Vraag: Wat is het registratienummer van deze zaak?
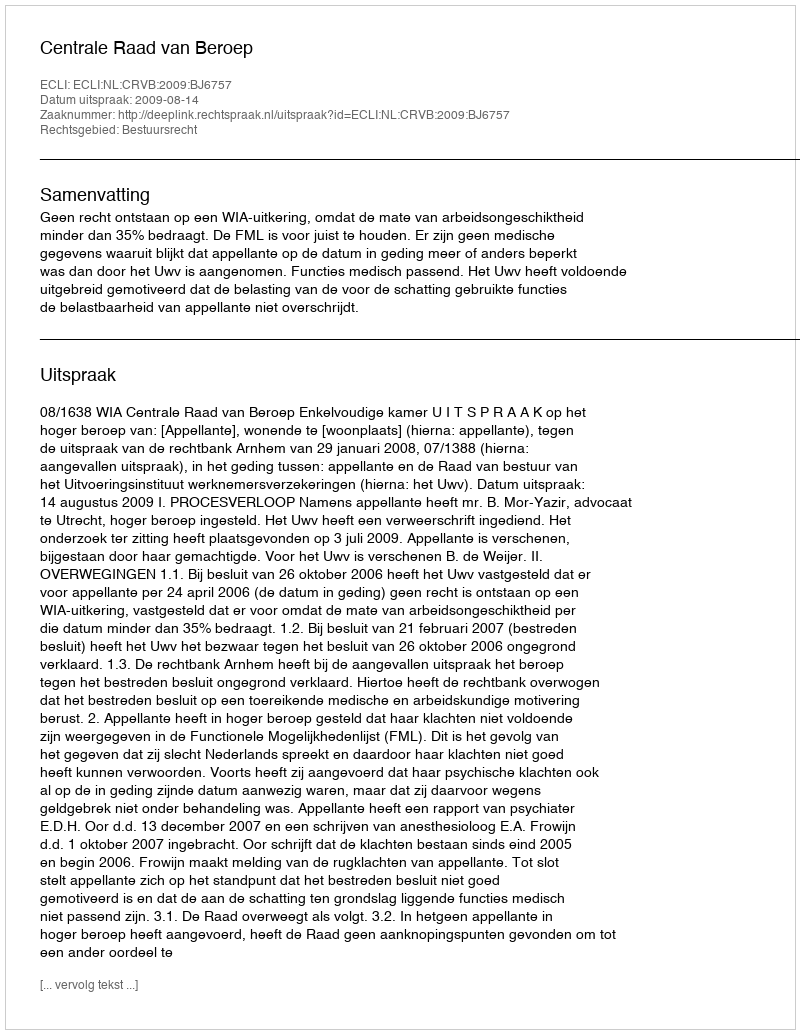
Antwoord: http://deeplink.rechtspraak.nl/uitspraak?id=ECLI:NL:CRVB:2009:BJ6757